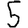
Digit: 5